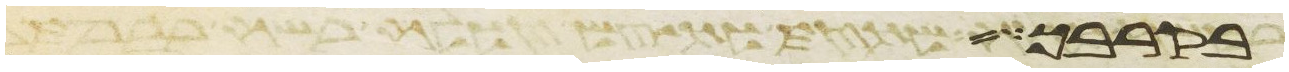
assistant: בקרבך אעב הת א